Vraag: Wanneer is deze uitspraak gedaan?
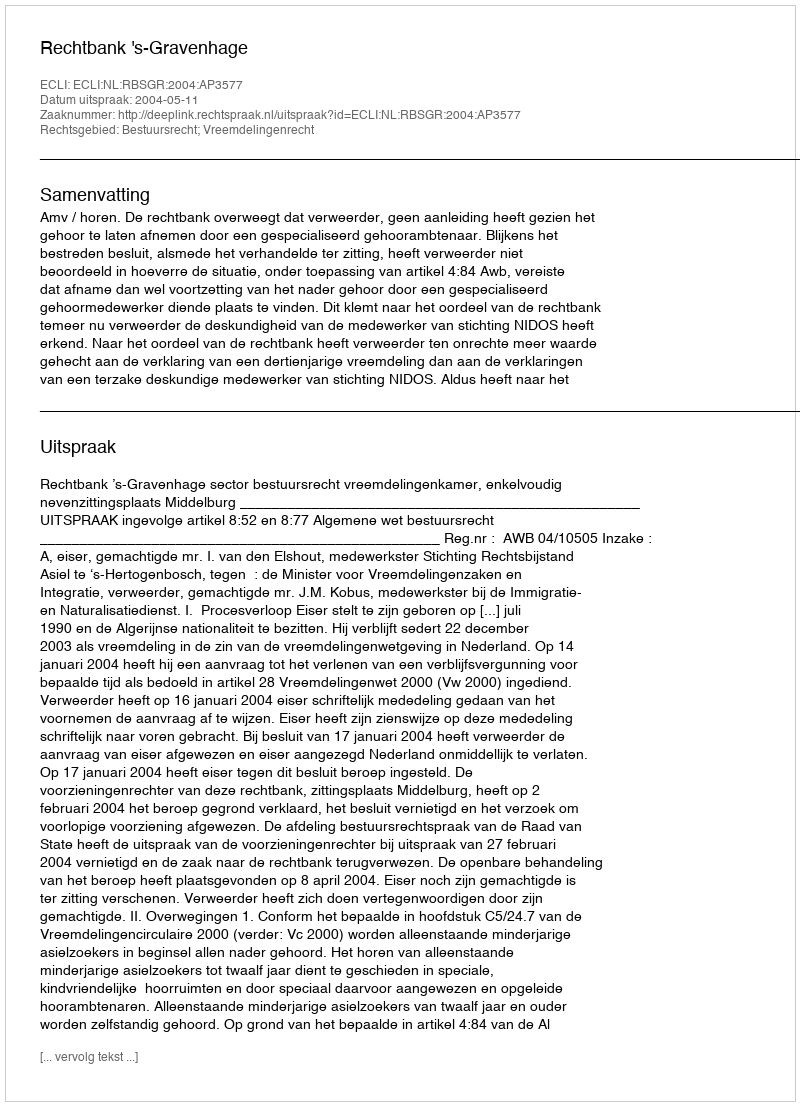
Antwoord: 2004-05-11